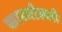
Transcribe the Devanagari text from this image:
कारबोल्लो